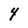
Character: 4